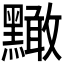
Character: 𪒠